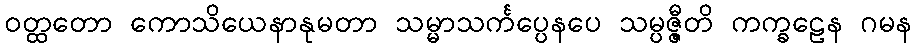
ဝတ္ထတော ကောသိယေနာနုမတာ သမ္မာသင်္ကပ္ပေနပေ သမ္ပဇ္ဇီတိ ကက္ခဠေန ဂမန